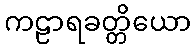
ကဠာရခတ္တိယော